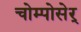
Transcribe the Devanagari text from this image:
चोम्पोसेर्